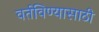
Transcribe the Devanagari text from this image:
वर्तविण्यासाठी